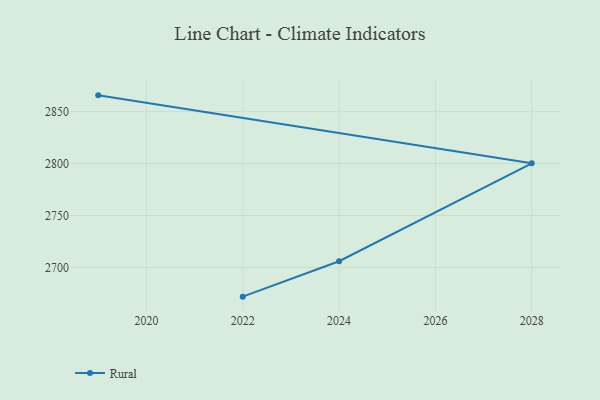
{"axis": {"x": "Year", "y": "Backlog"}, "legend": ["Rural"], "data": [{"x": "2022", "y": 2671.8, "type": "Rural"}, {"x": "2024", "y": 2705.9, "type": "Rural"}, {"x": "2028", "y": 2800.2, "type": "Rural"}, {"x": "2019", "y": 2865.7, "type": "Rural"}]}